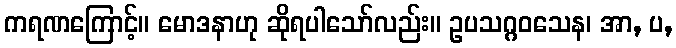
ကရဏကြောင့်။ မောဒနာဟု ဆိုရပါသော်လည်း။ ဥပသဂ္ဂဝသေန၊ အာ, ပ,